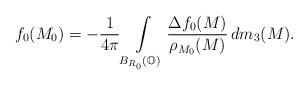
LaTeX: \begin{align*}f_0(M_0)=-\frac{1}{4\pi} \int\limits_{B_{R_0}(\mathbb{O})} \frac{\Delta f_0(M)}{\rho_{M_0}(M)} \, dm_3(M).\end{align*}